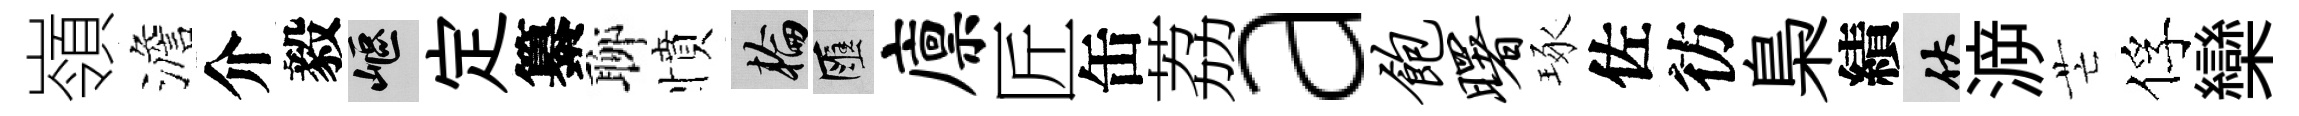
嶺澹介毅嶇定纂聊憤輪匯廪匠缶荔a饱曙琢佐彷梟績伏㴑芒俘欒